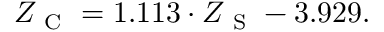
Z _ { \mathrm { ~ C ~ } } = 1 . 1 1 3 \cdot Z _ { \mathrm { ~ S ~ } } - 3 . 9 2 9 .